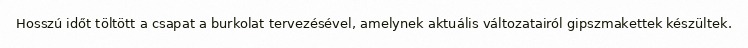
Hosszú időt töltött a csapat a burkolat tervezésével, amelynek aktuális változatairól gipszmakettek készültek.